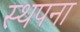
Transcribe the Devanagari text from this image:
स्‍थपना